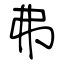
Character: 弗